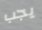
يجب